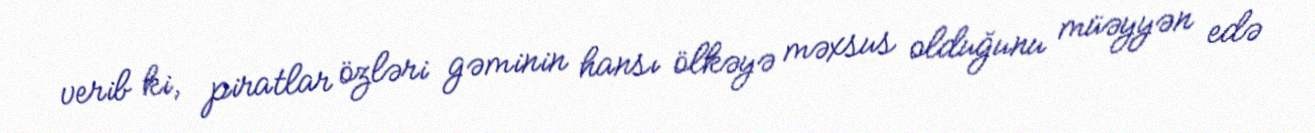
verib ki, piratlar özləri gəminin hansı ölkəyə məxsus olduğunu müəyyən edə